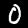
Label: 0